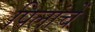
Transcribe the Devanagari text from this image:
पिलांचें